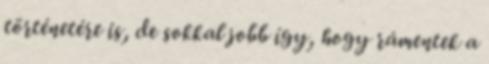
történetére is, de sokkal jobb így, hogy rámentek a